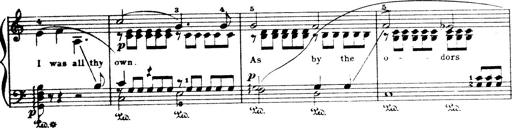
Title: Wagner-Liszt Album
Composer: Franz Liszt